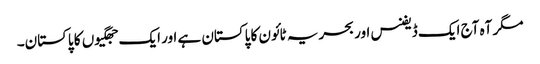
مگر آہ آج ایک ڈیفنس اور بحریہ ٹائون کا پاکستان ہے اور ایک جھگیوں کا پاکستان۔